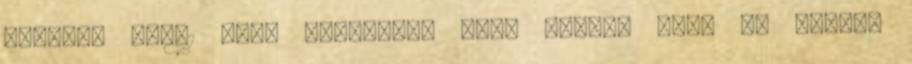
hónapja 37:01 Beeg harisnya, idős férfi, őreg és fiatal